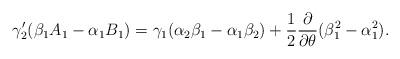
LaTeX: \begin{align*}\gamma_2^\prime (\beta_1 A_1-\alpha_1 B_1)=\gamma_1(\alpha_2\beta_1-\alpha_1\beta_2)+\frac{1}{2}\frac{\partial}{\partial\theta}( \beta_1^2-\alpha_1^2).\end{align*}